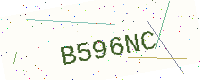
Text: B596NC